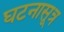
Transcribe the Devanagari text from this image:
घटनासूत्र